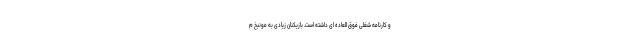
و کارنامه شغلی فوق العاده ای داشته است. بازیکنان زیادی به مونیخ م